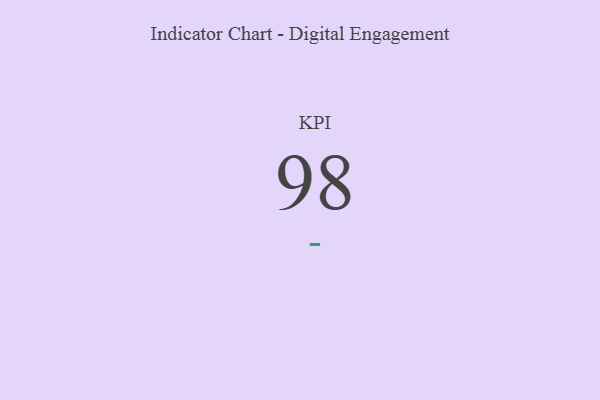
{"axis": {"x": "KPI", "y": "Value"}, "legend": [""], "data": [{"x": "KPI", "y": 98, "type": ""}]}